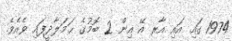
1974 ގައި އައި އާރ އޭ އިން 2 ބޮމުގެ ޙަމަލާދީފައި ވެއެވެ.